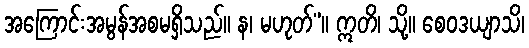
အကြောင်းအမွန်အစမရှိသည်။ န၊ မဟုတ်”။ ဣတိ၊ သို့။ စေဝဒယျာသိ၊